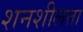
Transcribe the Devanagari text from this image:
शनशीलता